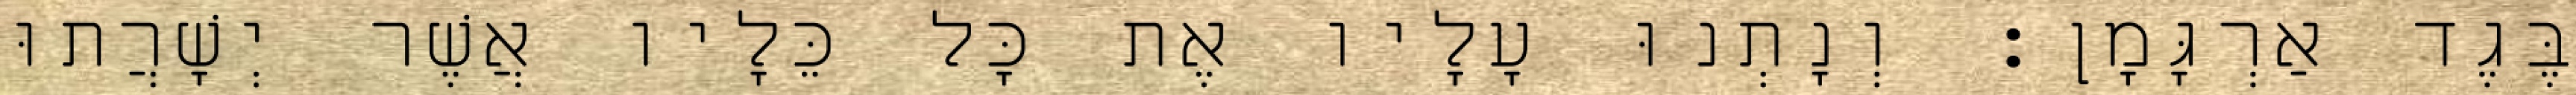
בֶּגֶד אַרְגָּמָן׃ וְנָתְנוּ עָלָיו אֶת כָּל כֵּלָיו אֲשֶׁר יְשָׁרֲתוּ